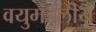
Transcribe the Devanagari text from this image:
वयुमंडलीय